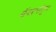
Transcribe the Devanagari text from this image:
फॅक्टरीतून